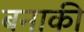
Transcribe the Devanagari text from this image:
बनाकी